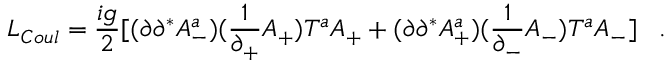
{ \cal L } _ { C o u l } = \frac { i g } { 2 } [ ( \partial \partial ^ { * } A _ { - } ^ { a } ) ( \frac { 1 } { \partial _ { + } } A _ { + } ) T ^ { a } A _ { + } + ( \partial \partial ^ { * } A _ { + } ^ { a } ) ( \frac { 1 } { \partial _ { - } } A _ { - } ) T ^ { a } A _ { - } ] \; \; \; .